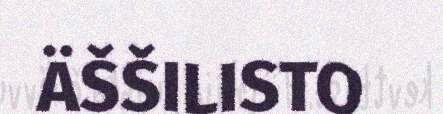
ÄŠŠILISTO